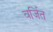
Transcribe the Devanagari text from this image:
वर्जित